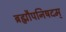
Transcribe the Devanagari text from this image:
ब्रह्मौपनिषदम्